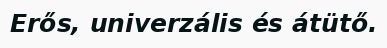
Erős, univerzális és átütő.